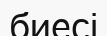
биесі